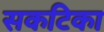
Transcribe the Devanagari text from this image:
सकटिका